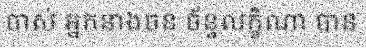
ចាស់ អ្នកនាងចន ច័ន្ទលក្ខិណា បាន